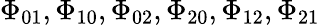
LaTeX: \Phi_{01},\Phi_{10},\Phi_{02},\Phi_{20},\Phi_{12},\Phi_{21}